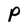
Character: P